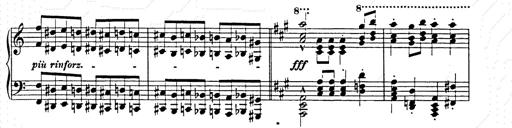
Title: Hungarian Rhapsody No.15
Composer: Franz Liszt
Key: A minor